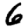
Digit: 6